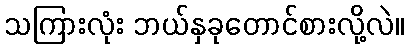
သကြားလုံး ဘယ်နှခုတောင်စားလို့လဲ။